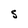
Character: 5